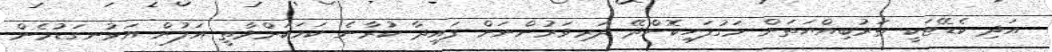
އަދި ކެޑޭޓަކީ ތަރުބިއްޔަތަށް މަގުފަހިކޮށްދޭ ދަރިވަރުންނަށް ފައިދާ ކުރާނެ ކަމަކަށްވާތީ އަލުން އަޅުނގަޑުމެން